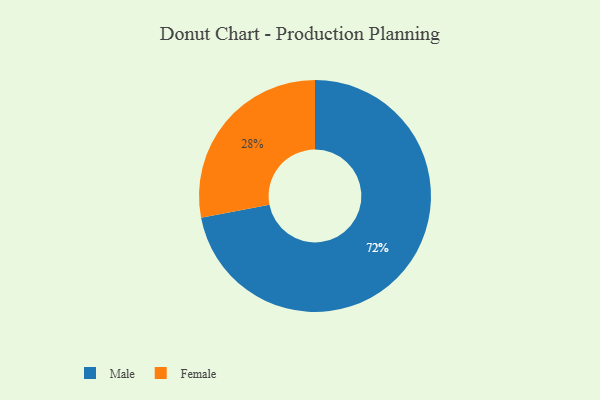
{"axis": {"x": "Category", "y": "Percentage"}, "legend": ["Female", "Male"], "data": [{"x": "Male", "y": 72, "type": "Male"}, {"x": "Female", "y": 28, "type": "Female"}]}